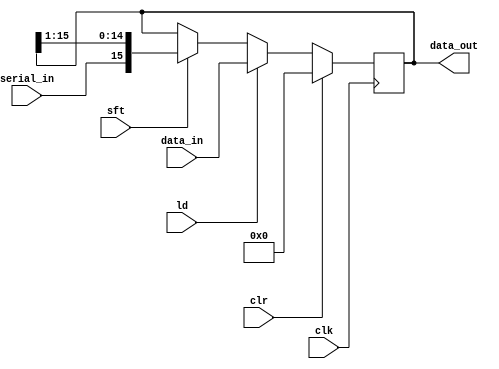
	module shiftreg (data_out,data_in,serial_in,clk,ld,clr,sft);
	
	input serial_in, clk, ld, clr, sft;
	input [15:0] data_in;
	output reg [15:0] data_out;

	always @ (posedge clk)
	begin
	  if (clr) data_out <= 0;
	  else if (ld)
			data_out <= data_in;
	  else if (sft)
			data_out <= {serial_in,data_out[15:1]};
	end
endmodule